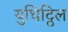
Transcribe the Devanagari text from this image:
युधिट्ठिल